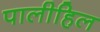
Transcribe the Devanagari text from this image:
पालीहिल